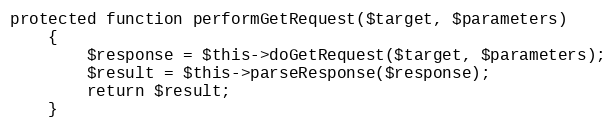
Language: PHP
protected function performGetRequest($target, $parameters)
	{
		$response = $this->doGetRequest($target, $parameters);
		$result = $this->parseResponse($response);
		return $result;
	}